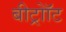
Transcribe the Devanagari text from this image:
बीट्रोॉट